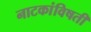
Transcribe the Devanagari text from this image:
नाटकांविषती